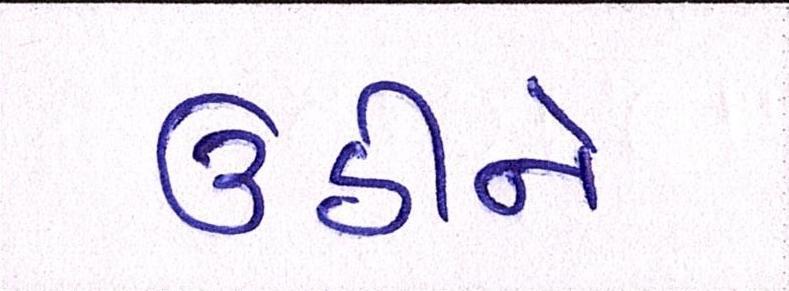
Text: ઉઠીને